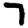
Digit: 7